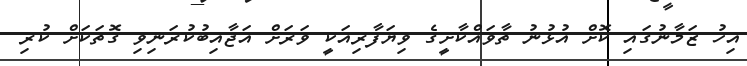
އިހު ޒަމާނުގައި ކޮށް އުޅުނު ތާވައްކާށީގެ ވިޔަފާރިއަކީ ވަރަށް އަޖާއިބުކުރަނިވި ގޮތަކަށް ކުރި